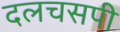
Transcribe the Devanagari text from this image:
दलचसपी